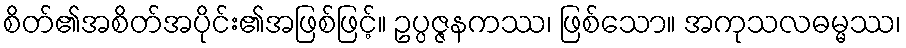
စိတ်၏အစိတ်အပိုင်း၏အဖြစ်ဖြင့်။ ဥပ္ပဇ္ဇနကဿ၊ ဖြစ်သော။ အကုသလဓမ္မဿ၊